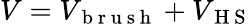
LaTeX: V=V_{\mathrm{~b~r~u~s~h~}}+V_{\mathrm{~H~S~}}